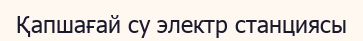
Қапшағай су электр станциясы